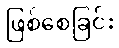
ဖြစ်စေခြင်း